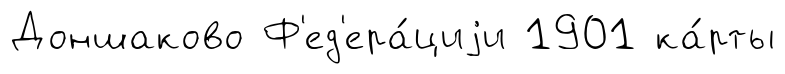
Доншаково Ф'ед'ера́циjи 1901 ка́рты